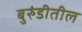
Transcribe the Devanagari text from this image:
बुरुंडीतील